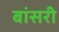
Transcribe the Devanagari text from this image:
बांसरी